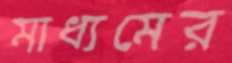
মাধ্যমের